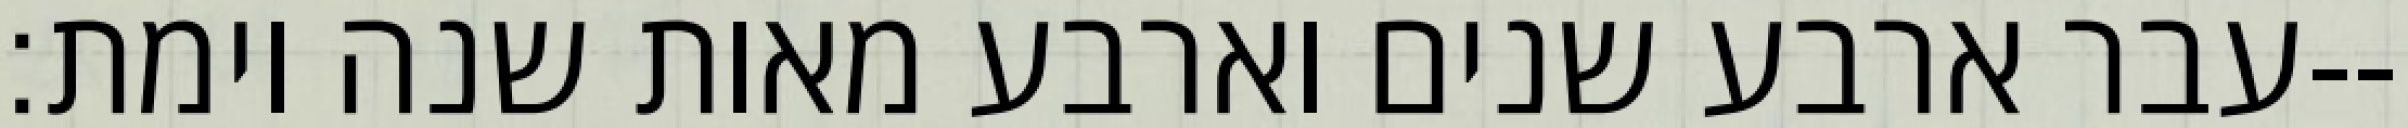
עבר ארבע שנים וארבע מאות שנה וימת׃--